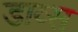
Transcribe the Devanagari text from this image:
डाव्स